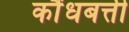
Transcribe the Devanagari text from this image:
कौंधबत्ती